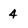
Character: 4